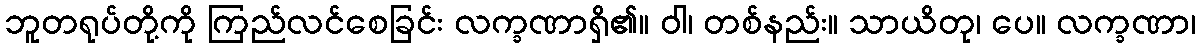
ဘူတရုပ်တို့ကို ကြည်လင်စေခြင်း လက္ခဏာရှိ၏။ ဝါ၊ တစ်နည်း။ သာယိတု၊ ပေ။ လက္ခဏာ၊